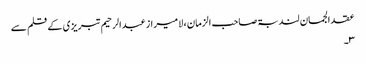
عقد الجمان لندبۃ صاحب الزمان ، لا میراز عبدالرحیم تبریزی کے قلم سے
۳۔